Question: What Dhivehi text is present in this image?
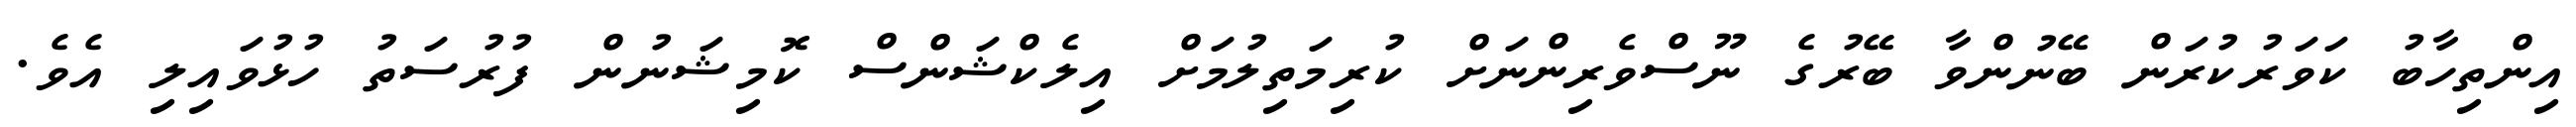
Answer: އިންތިހާބު ކަވަރުކުރަން ބޭނުންވާ ބޭރުގެ ނޫސްވެރިންނަށް ކުރިމަތިލުމަށް އިލެކްޝަންސް ކޮމިޝަނުން ފުރުސަތު ހުޅުވައިލި އެވެ.